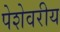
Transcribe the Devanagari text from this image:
पेशेवरीय